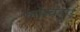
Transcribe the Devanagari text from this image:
लॉन्चहुए